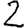
Digit: 2